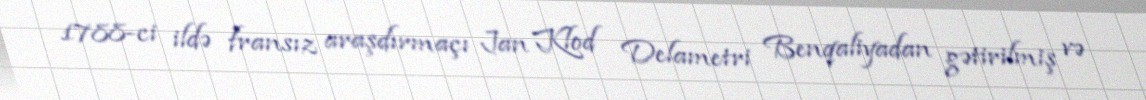
1788-ci ildə fransız araşdırmaçı Jan Klod Delametri Benqaliyadan gətirilmiş və